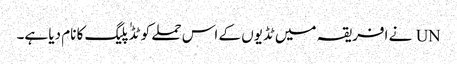
UN نے افریقہ میں ٹڈیوں کے اس حملے کو ٹڈٰ پلیگ کا نام دیا ہے۔